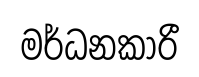
මර්ධනකාරී